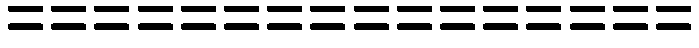
================